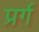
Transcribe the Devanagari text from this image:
प्रर्ग